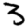
Digit: 3